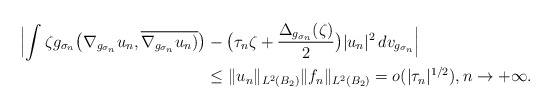
\begin{align*}\begin{aligned} \Bigl| \int \zeta g_{\sigma_n} \big ( \nabla_{g_{\sigma_n}} u_n, \overline{ \nabla_{g_{\sigma_n}} u_n)} \big) &- \bigl(\tau_n \zeta + \frac{ \Delta_{g_{\sigma_n}} (\zeta)} 2 \bigr) |u_n|^2\, dv_{g_{\sigma_n}} \Bigr|\\ &\leq \Vert u_n \Vert_{L^2(B_2)}\Vert f_n \Vert_{L^2(B_2)}= o(|\tau_n|^{1/2}), {n\rightarrow + \infty}.\end{aligned}\end{align*}